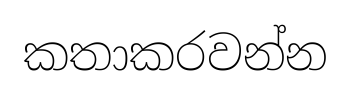
කතාකරවන්න